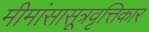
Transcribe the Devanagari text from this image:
मीमांसासूत्रवृत्तिकार